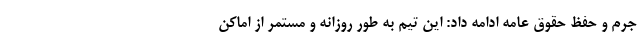
جرم و حفظ حقوق عامه ادامه داد: این تیم به طور روزانه و مستمر از اماکن